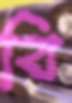
বি